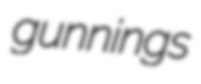
gunnings